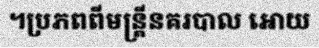
។ប្រភពពីមន្ត្រីនគរបាល អោយ